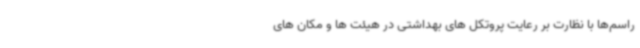
راسم‌ها با نظارت بر رعایت پروتکل های بهداشتی در هیئت ها و مکان های